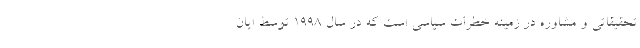
تحقیقاتی و مشاوره در زمینه خطرات سیاسی است که در سال ۱۹۹۸ توسط ایان